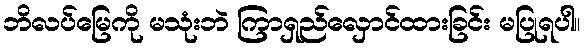
ဘိလပ်မြေကို မသုံးဘဲ ကြာရှည်လှောင်ထားခြင်း မပြုရပါ။